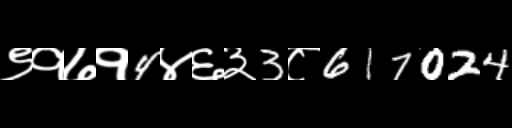
Text: ९१७१4४६३3८617024